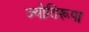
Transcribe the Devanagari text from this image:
ज्योतिरूपा